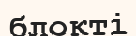
блокті